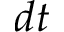
d t